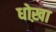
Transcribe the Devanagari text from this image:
धोख़ा